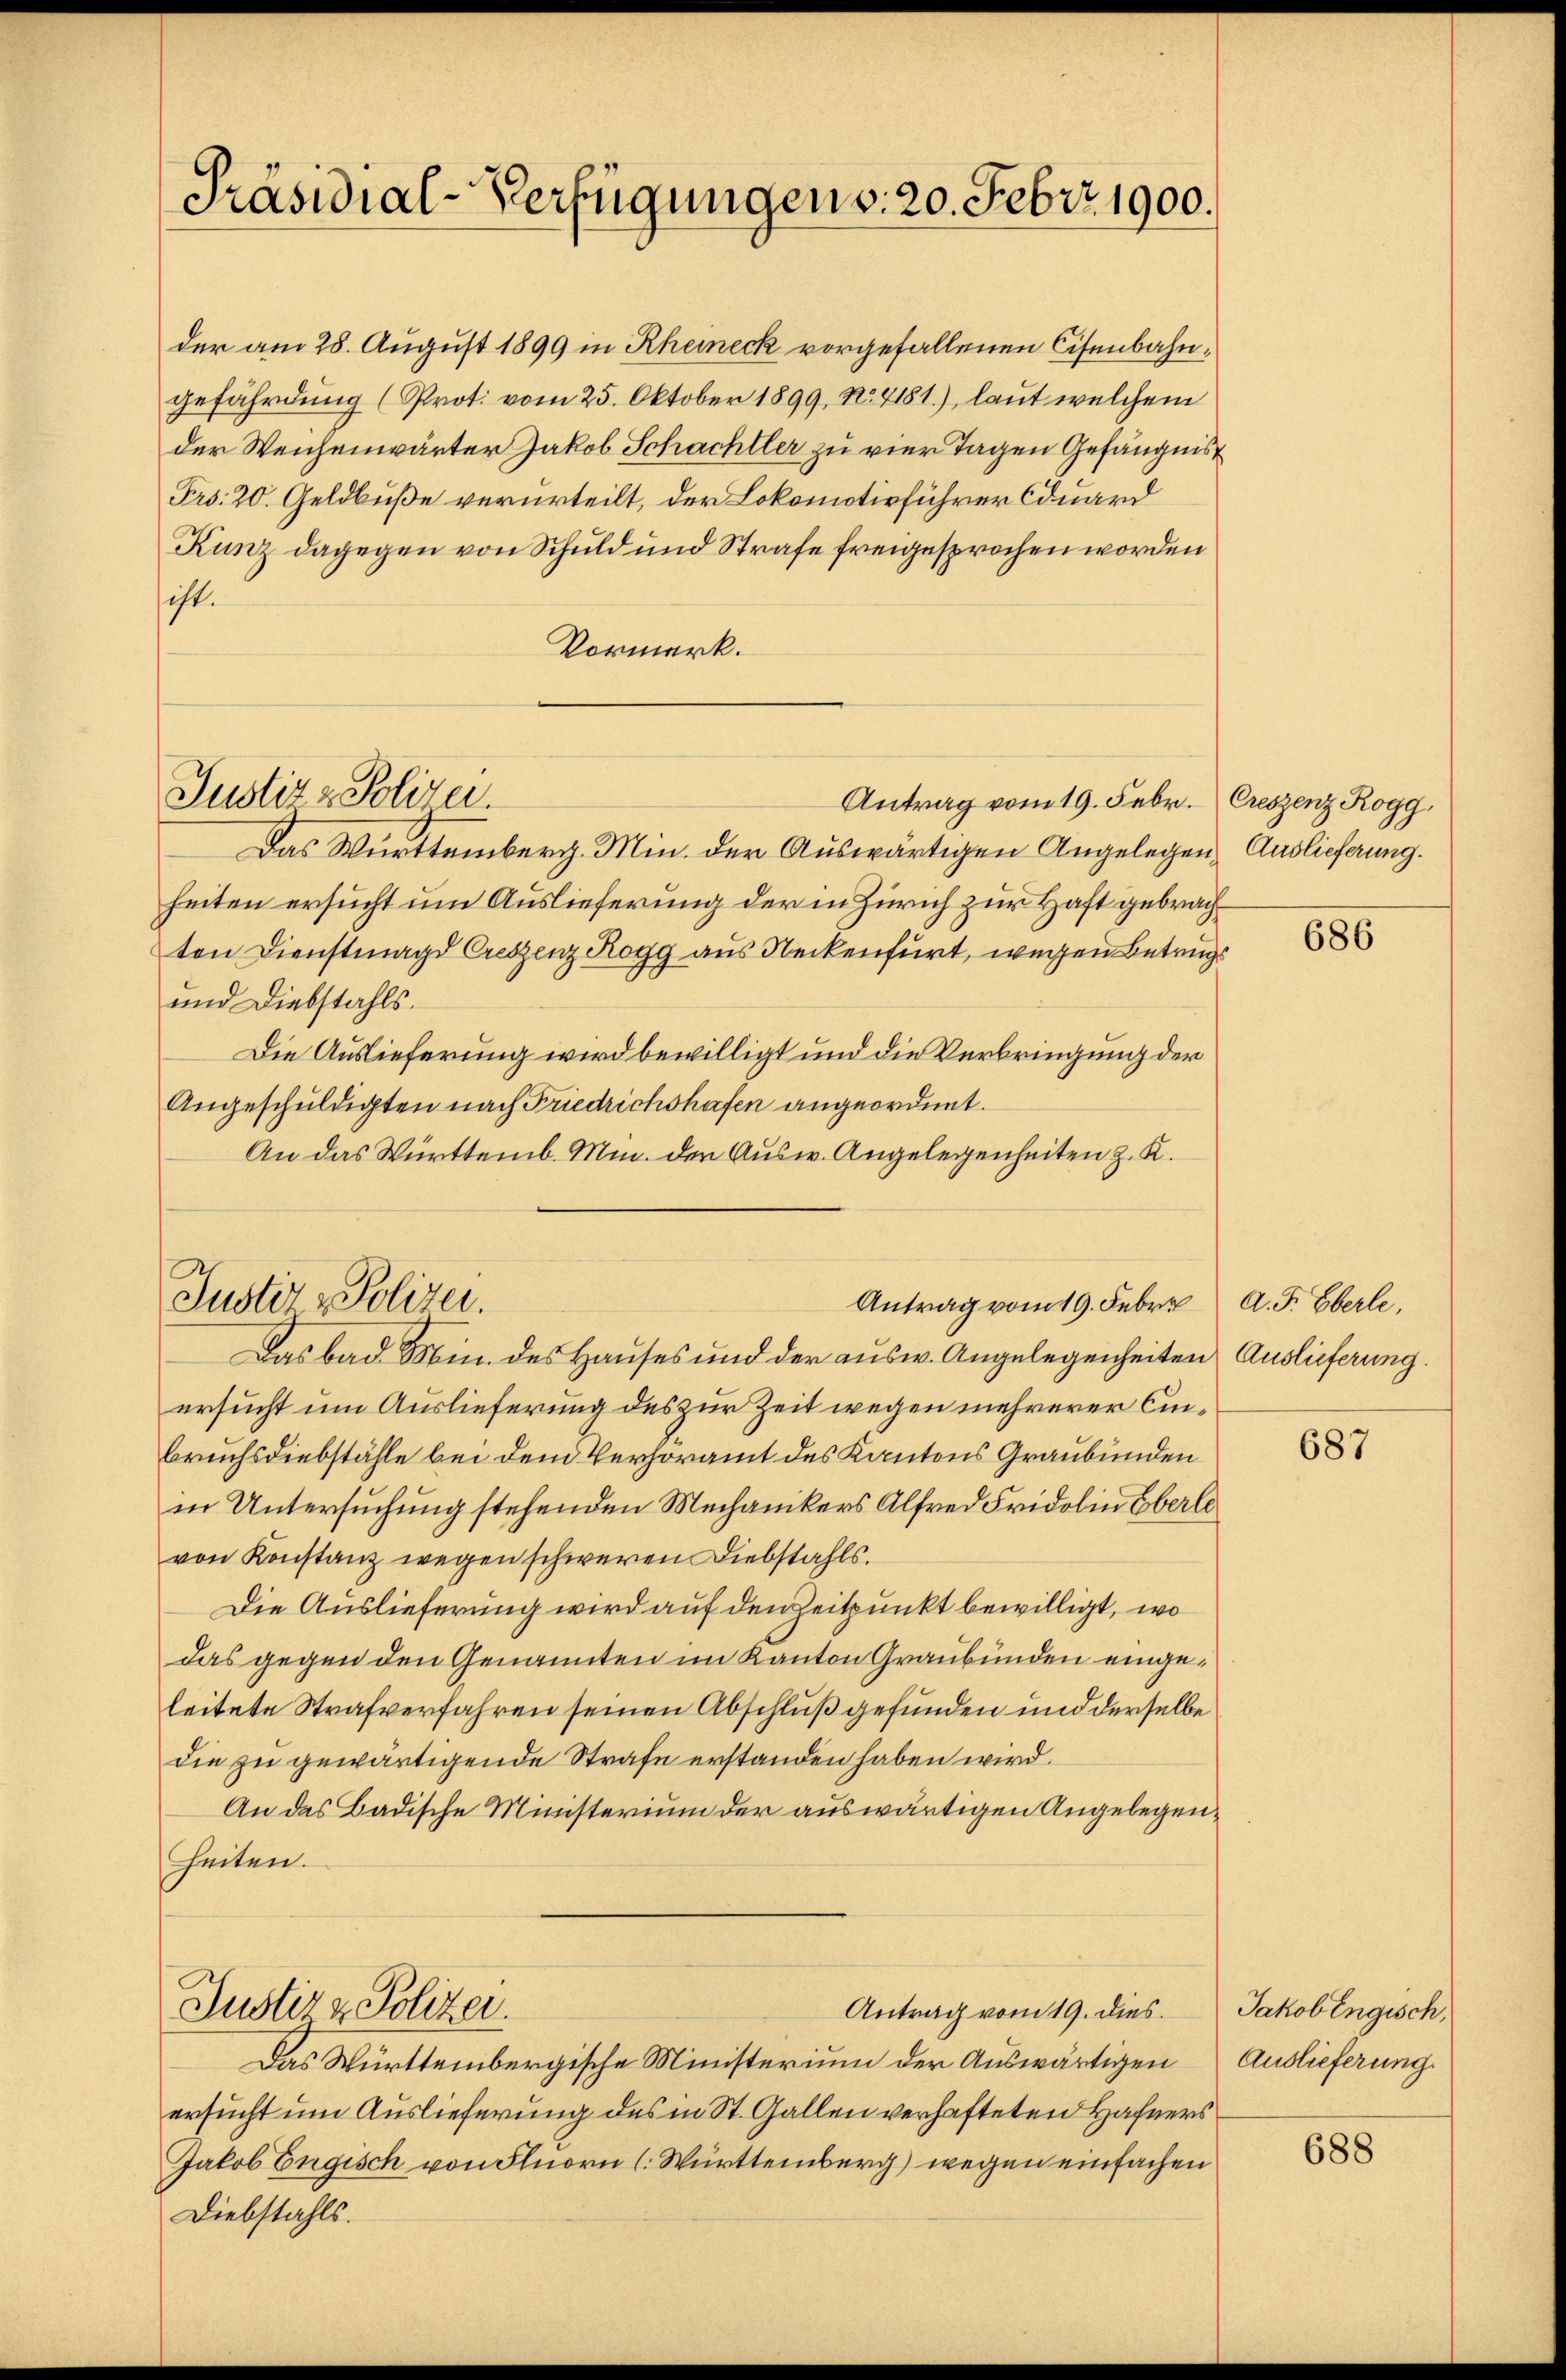
Präsidial-Verfügungen v. 20. Febr. 1900.

der am 28. August 1899 in Rheineck vorgefallenen Eisenbahngefährdung (Prot. vom 25. Oktober 1899, No. 4181.), laut welchem
der Weichenwärter Jakob Schachtler zu vier Tagen Gefängnis
Pro. 20. Geldbuße verurteilt, der Lokomotivführer Eduard
Kunz dagegen von Schuld und Strafe freigesprochen worden
ist.
Vormerk.

Justiz & Polizei.

Justiz & Polizei.

Justiz & Polizei.

Das Württemberg. Min. der Auswärtigen Angelegen Auslieferung.
heiten ersucht um Auslieferung der in Zürich zur Haft gebrachton Dienstmagd Creszenz Rogg aus Neckenfurt, wegen Betrugs
und Diebstahls.
Die Auslieferung wird bewilligt und die Verbringung der
Angeschuldigten nach Friedrichshafen angeordnet.
An das Württemb. Min. der Ausw. Angelegenheiten z. K.

Antrag vom 19. Febr. Creszenz Rogg,

Antrag vom 19. Febr. A. F. Eberle,

Antrag vom 19. dies.

Das Württembergische Ministerium der Auswärtigen
ersucht um Auslieferung des in St. Gallen verhafteten Hafners
Jakob Engisch von Fluorn ( Württemberg) wegen einfachen
Diebstahls.

Das bad. Min. des Hauses und der ausw. Angelegenheiten Auslieferung.
ersucht um Auslieferung des zur Zeit wegen mehrerer Ein¬
Bruchsdiebstähle bei dem Verhöramt des Kantons Graubünden
in Untersuchung stehenden Mechanikers Alfred Fridolin Eberle
von Konstanz wegen schweren Diebstahls.
Die Auslieferung wird auf den Zeitpunkt bewilligt, wo
das gegen den Genannten im Kanton Graubünden eingeleitete Strafverfahren seinen Abschluß gefunden und derselbe
die zu gewärtigende Strafe erstanden haben wird.
An das Badische Ministerium der auswärtigen Angelegen¬
Heiten.

686

687

Jakob Engisch,
Auslieferung.

688